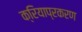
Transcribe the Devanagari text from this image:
क्रियाप्रकरण